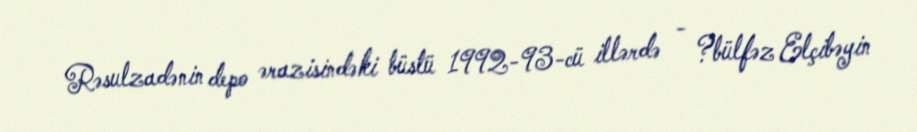
Rəsulzadənin depo ərazisindəki büstü 1992-93-cü illərdə - ?bülfəz Elçibəyin